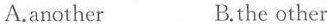
A.another B.the other